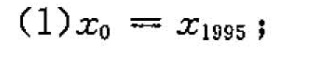
$$x_{0} = x_{1995}；